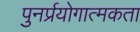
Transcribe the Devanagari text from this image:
पुनर्प्रयोगात्मकता